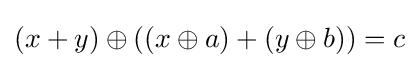
(x+y)\oplus ((x\oplus a)+(y\oplus b))=c